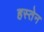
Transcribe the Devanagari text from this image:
हस्तेन